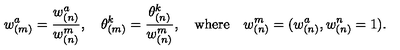
w _ { ( m ) } ^ { a } = \frac { w _ { ( n ) } ^ { a } } { w _ { ( n ) } ^ { m } } , \quad \theta _ { ( m ) } ^ { k } = \frac { \theta _ { ( n ) } ^ { k } } { w _ { ( n ) } ^ { m } } , \quad \mathrm { w h e r e } \quad w _ { ( n ) } ^ { m } = ( w _ { ( n ) } ^ { a } , w _ { ( n ) } ^ { n } = 1 ) .